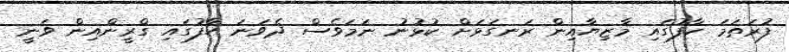
ފުރަތަމަ ހާފުގައި މާޒިޔާއިން ރަނގަޅަށް ކުޅުނު ނަމަވެސް ދެވަނަ ހާފުގައި ގްރީންއިން ވަނީ